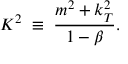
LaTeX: K ^ { 2 } \; \equiv \; \frac { m ^ { 2 } + k _ { T } ^ { 2 } } { 1 - \beta } .